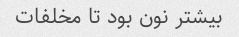
بیشتر نون بود تا مخلفات